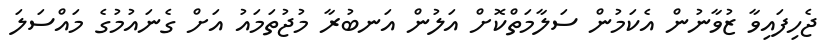
ޖެހިފައިވާ ޒުވާނުން އެކަމުން ސަލާމަތްކޮށް އަލުން އަނބުރާ މުޖުތަމައު އަށް ގެނައުމުގެ މައްސަލަ